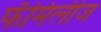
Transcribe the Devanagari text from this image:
फॅमिलीज